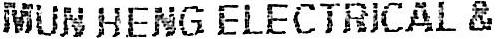
MUN HENG ELECTRICAL &